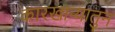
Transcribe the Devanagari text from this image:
कारखान्यातुन